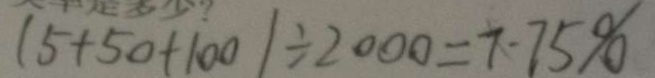
( 5 + 5 0 + 1 0 0 ) \div 2 0 0 0 = 7 \cdot 7 5 \%